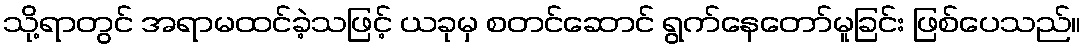
သို့ရာတွင် အရာမထင်ခဲ့သဖြင့် ယခုမှ စတင်ဆောင် ရွက်နေတော်မူခြင်း ဖြစ်ပေသည်။